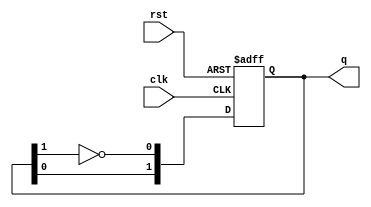
module dual_stage_johnson_counter (
    input wire clk,      // Clock input
    input wire rst,      // Reset input
    output reg [1:0] q   // 2-bit output representing the state
);

// State transition logic
always @(posedge clk or posedge rst) begin
    if (rst) begin
        // Reset both flip-flops to 0
        q <= 2'b00;
    end else begin
        // Johnson counter logic
        q[1] <= q[0];         // Shift Q0 to Q1
        q[0] <= ~q[1];        // Invert Q1 and feed to Q0
    end
end

endmodule